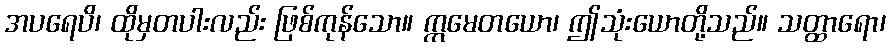
အပရေပိ၊ ထိုမှတပါးလည်း ဖြစ်ကုန်သော။ ဣမေတယော၊ ဤသုံးယောတို့သည်။ သတ္ထာရော၊